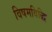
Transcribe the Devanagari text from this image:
विषमविद्धि